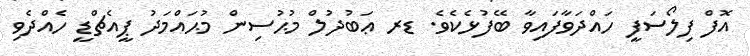
އޮފް ފިލޯސަފީ ހައްދަވާފައިވާ ބޭފުޅެކެވެ. ޑރ ޢަބުދުލް މުޙުސިން މުޙައްމަދު ޕީއެޗްޑީ ހެއްދެވި